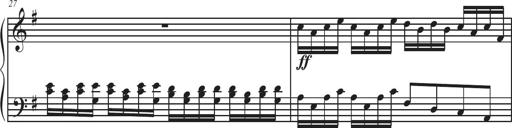
Title: Sonatina Espania
Composer: Jerald Franklin Archer
Key: Various